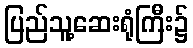
ပြည်သူ့ဆေးရုံကြီး၌